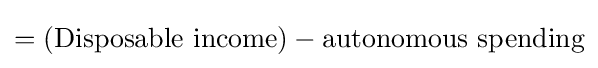
=({\text{Disposable income}})-{\text{autonomous spending}}